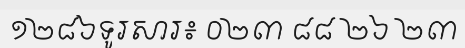
១២៨៦ទូរសារ៖ ០២៣ ៨៨ ២៦ ២៣